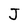
Character: J